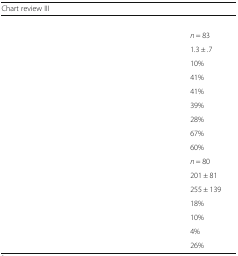
<table><thead><tr><td colspan="2"><b>Chart review III</b></td></tr></thead><tbody><tr><td colspan="2">[EMPTY_CELL]</td></tr><tr><td>[EMPTY_CELL]</td><td><i>n</i> = 83</td></tr><tr><td>[EMPTY_CELL]</td><td>1.3 ± .7</td></tr><tr><td>[EMPTY_CELL]</td><td>10%</td></tr><tr><td>[EMPTY_CELL]</td><td>41%</td></tr><tr><td>[EMPTY_CELL]</td><td>41%</td></tr><tr><td>[EMPTY_CELL]</td><td>39%</td></tr><tr><td>[EMPTY_CELL]</td><td>28%</td></tr><tr><td>[EMPTY_CELL]</td><td>67%</td></tr><tr><td>[EMPTY_CELL]</td><td>60%</td></tr><tr><td>[EMPTY_CELL]</td><td><i>n</i> = 80</td></tr><tr><td>[EMPTY_CELL]</td><td>201 ± 81</td></tr><tr><td>[EMPTY_CELL]</td><td>255 ± 139</td></tr><tr><td>[EMPTY_CELL]</td><td>18%</td></tr><tr><td>[EMPTY_CELL]</td><td>10%</td></tr><tr><td>[EMPTY_CELL]</td><td>4%</td></tr><tr><td>[EMPTY_CELL]</td><td>26%</td></tr></tbody></table>